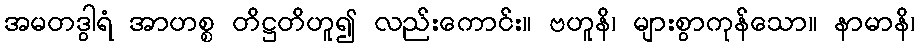
အမတဒွါရံ အာဟစ္စ တိဋ္ဌတိဟူ၍ လည်းကောင်း။ ဗဟူနိ၊ များစွာကုန်သော။ နာမာနိ၊